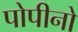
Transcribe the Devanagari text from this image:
पोपीनो